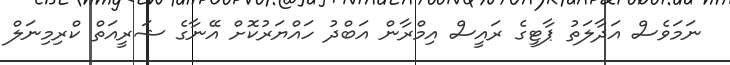
ނަމަވެސް އަދާލަތު ޕާޓީގެ ރައީސް އިމްރާން އަބްދު ހައްޔަރުކޮށް އޭނާގެ ޝަރީއަތް ކްރިމިނަލް